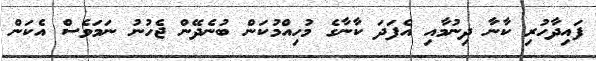
ފައިދާހުރި ކާނާ ދިނުމާއި އެފަދަ ކާނާގެ މުހިއްމުކަން ބުނެދޭން ޖެހުނު ނަމަވެސް އެކަން